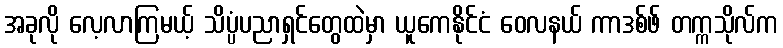
အခုလို လေ့လာကြမယ့် သိပ္ပံပညာရှင်တွေထဲမှာ ယူကေနိုင်ငံ ဝေလနယ် ကာဒစ်ဖ် တက္ကသိုလ်က